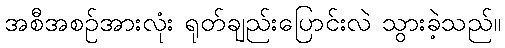
အစီအစဉ်အားလုံး ရုတ်ချည်းပြောင်းလဲ သွားခဲ့သည်။